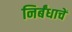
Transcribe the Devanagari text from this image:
निर्बंधाचें